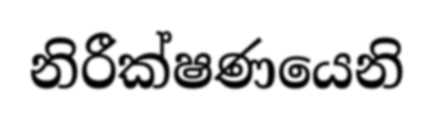
නිරීක්ෂණයෙනි